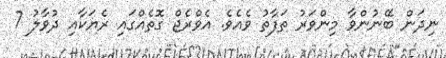
ނިދަން ބޭނުންވާ މިންވަރު ތަފާތު ވެއެވެ. އެވްރެޖް ގޮތެއްގައި ރެޔަކާއި ދުވާލު 7